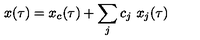
x ( \tau ) = x _ { c } ( \tau ) + \sum _ { j } c _ { j } \ x _ { j } ( \tau )